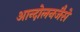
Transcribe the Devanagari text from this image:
आन्दोलनजैसे